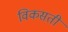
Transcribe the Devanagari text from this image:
विकसती